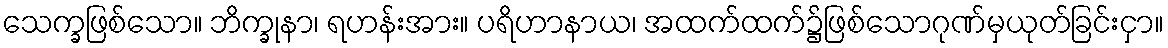
သေက္ခဖြစ်သော။ ဘိက္ခုနာ၊ ရဟန်းအား။ ပရိဟာနာယ၊ အထက်ထက်၌ဖြစ်သောဂုဏ်မှယုတ်ခြင်းငှာ။